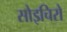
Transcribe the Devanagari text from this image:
सोइचिरो